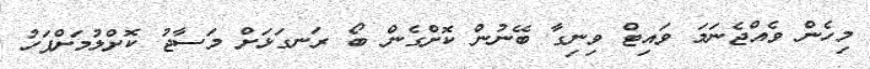
މިހެން ވެއްޖެނަމަ ވައިޓް ވިނިގާ ބޭނުން ކޮށްގެން ބޯ ރަނގަޅަށް މަސާޖު ކޮށްލުމަށްފަހު